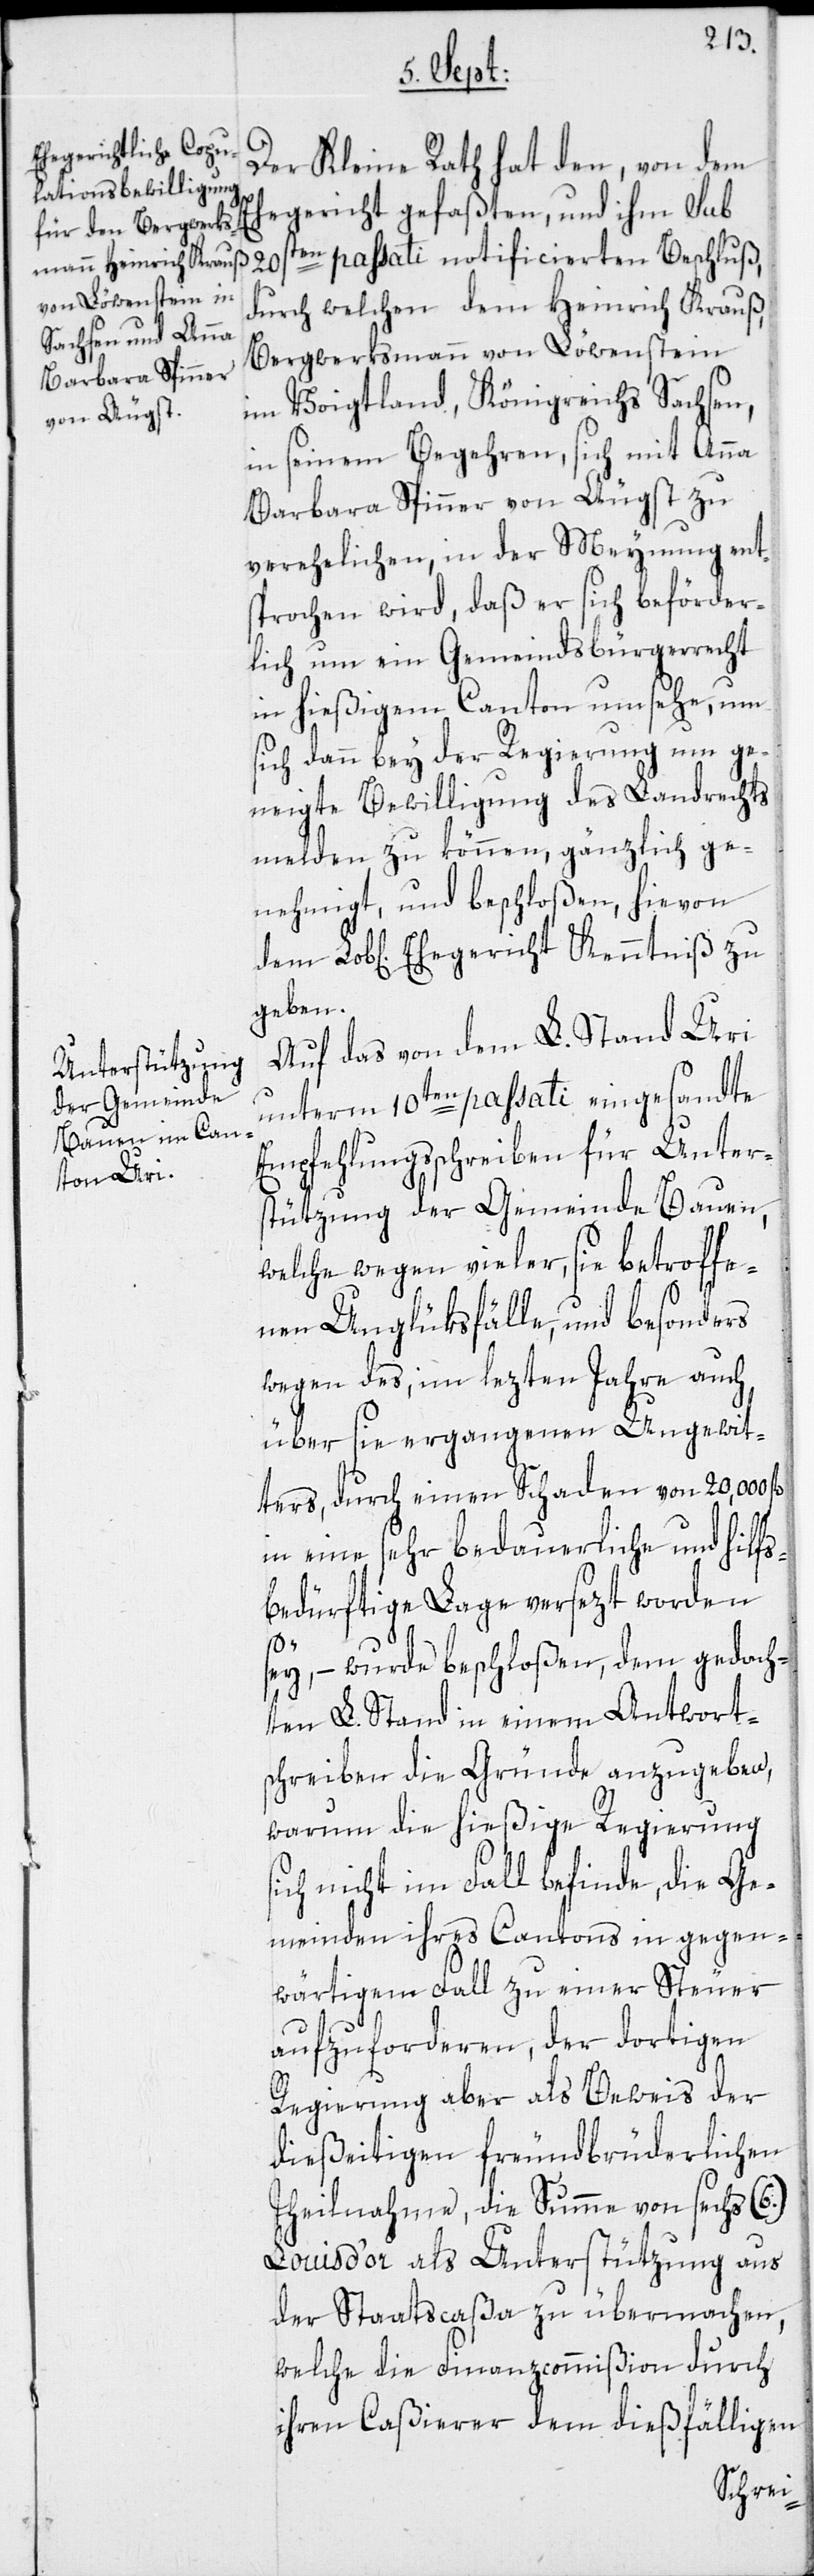
Der Kleine Rath hat den, von dem
Ehegericht gefaßten, und ihm sub
20sten passati notificierten Beschluß,
durch welchen dem Heinrich Krauß,
Bergwerksmann von Löwenstein
im Voigtland, Königreichs Sachsen,
in seinem Begehren, sich mit Anna
Barbara Spinner von Äugst zu
verehelichen, in der Meynung ent¬
sprochen wird, daß er sich beförder¬
lich um ein Gemeindsbürgerrecht
in hießigem Canton umsehe, um
sich dann bey der Regierung um ge¬
neigte Bewilligung des Landrechts
melden zu können, gänzlich ge¬
nehmigt, und beschloßen, hievon
geben.
Auf das von dem L. Stand Uri
unterm 10ten passati eingesandte
Empfehlungsschreiben für Unter¬
stützung der Gemeinde Bauen,
welche wegen vieler, sie betroffe¬
nen Unglüksfälle, und besonders
wegen des, im lezten Jahre auch
über sie ergangenen Ungewit¬
ters, durch einen Schaden von 20,000
in eine sehr bedauerliche und hilfs¬
bedürftige Lage versezt worden
s¬
sey, – wurde beschloßen, dem gedach¬
ten L. Stand in einem Antwort¬
schreiben die Gründe anzugeben,
warum die hießige Regierung
ich nicht im Fall befinde, die Ge¬
meinden ihres Cantons in gegen¬
wärtigem Fall zu einer Steuer
aufzuforderen, der dortigen
Regierung aber als Beweis der
dießeitigen freundbrüderlichen
Theilnahme, die Summe von sechs (6.)
Louis d’or als Unterstützung aus
der Staatscaßa zu übermachen,
welche die Finanzcommißion durch
ihren Caßierer dem dießfälligen